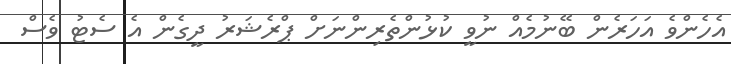
އެހެންވެ އަހަރެން ބޭނުމެއް ނުވީ ކުޅުންތެރިންނަށް ޕްރެޝަރު ދީގެން އެ ސެޓު ވެސް